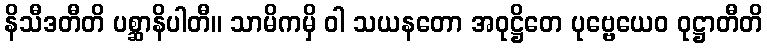
နိသီဒတီတိ ပစ္ဆာနိပါတီ။ သာမိကမှိ ဝါ သယနတော အဝုဋ္ဌိတေ ပုဗ္ဗေယေဝ ဝုဋ္ဌာတီတိ